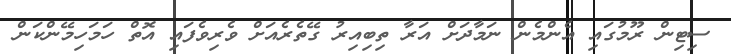
ސިޓިން ރޫމުގައި އެންމެން ނަމާދަށް އަރާ ތިބިއިރު ގޭތެރެއަށް ވެރިވެފައި އޮތް ހަމަހިމޭންކަން